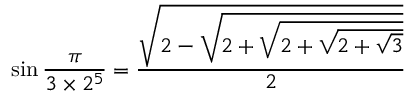
\sin { \frac { \pi } { 3 \times 2 ^ { 5 } } } = { \frac { \sqrt { 2 - { \sqrt { 2 + { \sqrt { 2 + { \sqrt { 2 + { \sqrt { 3 } } } } } } } } } } { 2 } }